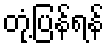
တုံ့ပြန်ရန်